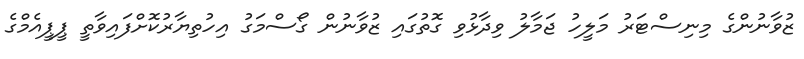
ޒުވާނުންގެ މިނިސްޓަރު މަލީހު ޖަމާލު ވިދާޅުވި ގޮތުގައި ޒުވާނުން ގޯސްމަގު އިހުތިޔާރުކޮށްފައިވާތީ ޕީޕީއެމްގެ